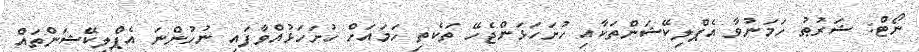
ނޯޓް: ޝަރުޠު ހަމަނުވާ އެޕްލިކޭޝަންތަކާއި ހުށަހަޅަންޖެހޭ ތަކެތި ހަމައަށް ހުށަހަޅުއްވާފައި ނުހުންނަ އެޕްލިކޭޝަންތައް